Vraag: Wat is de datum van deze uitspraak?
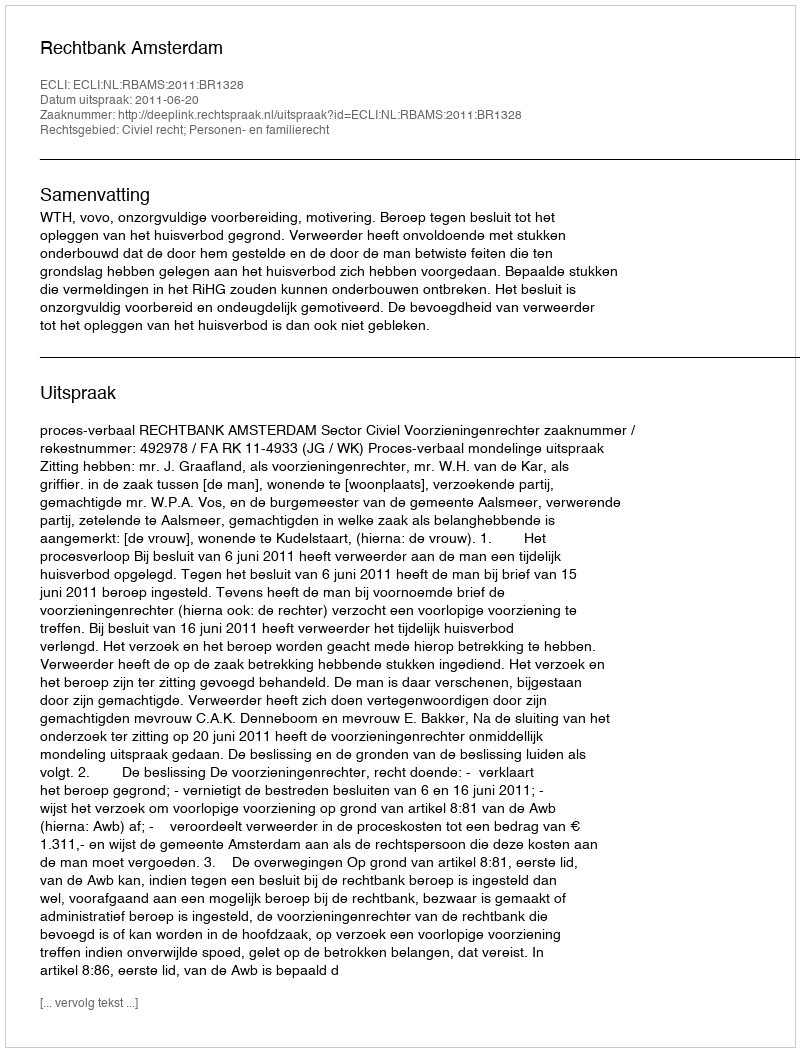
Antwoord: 2011-06-20